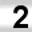
Digit: 2